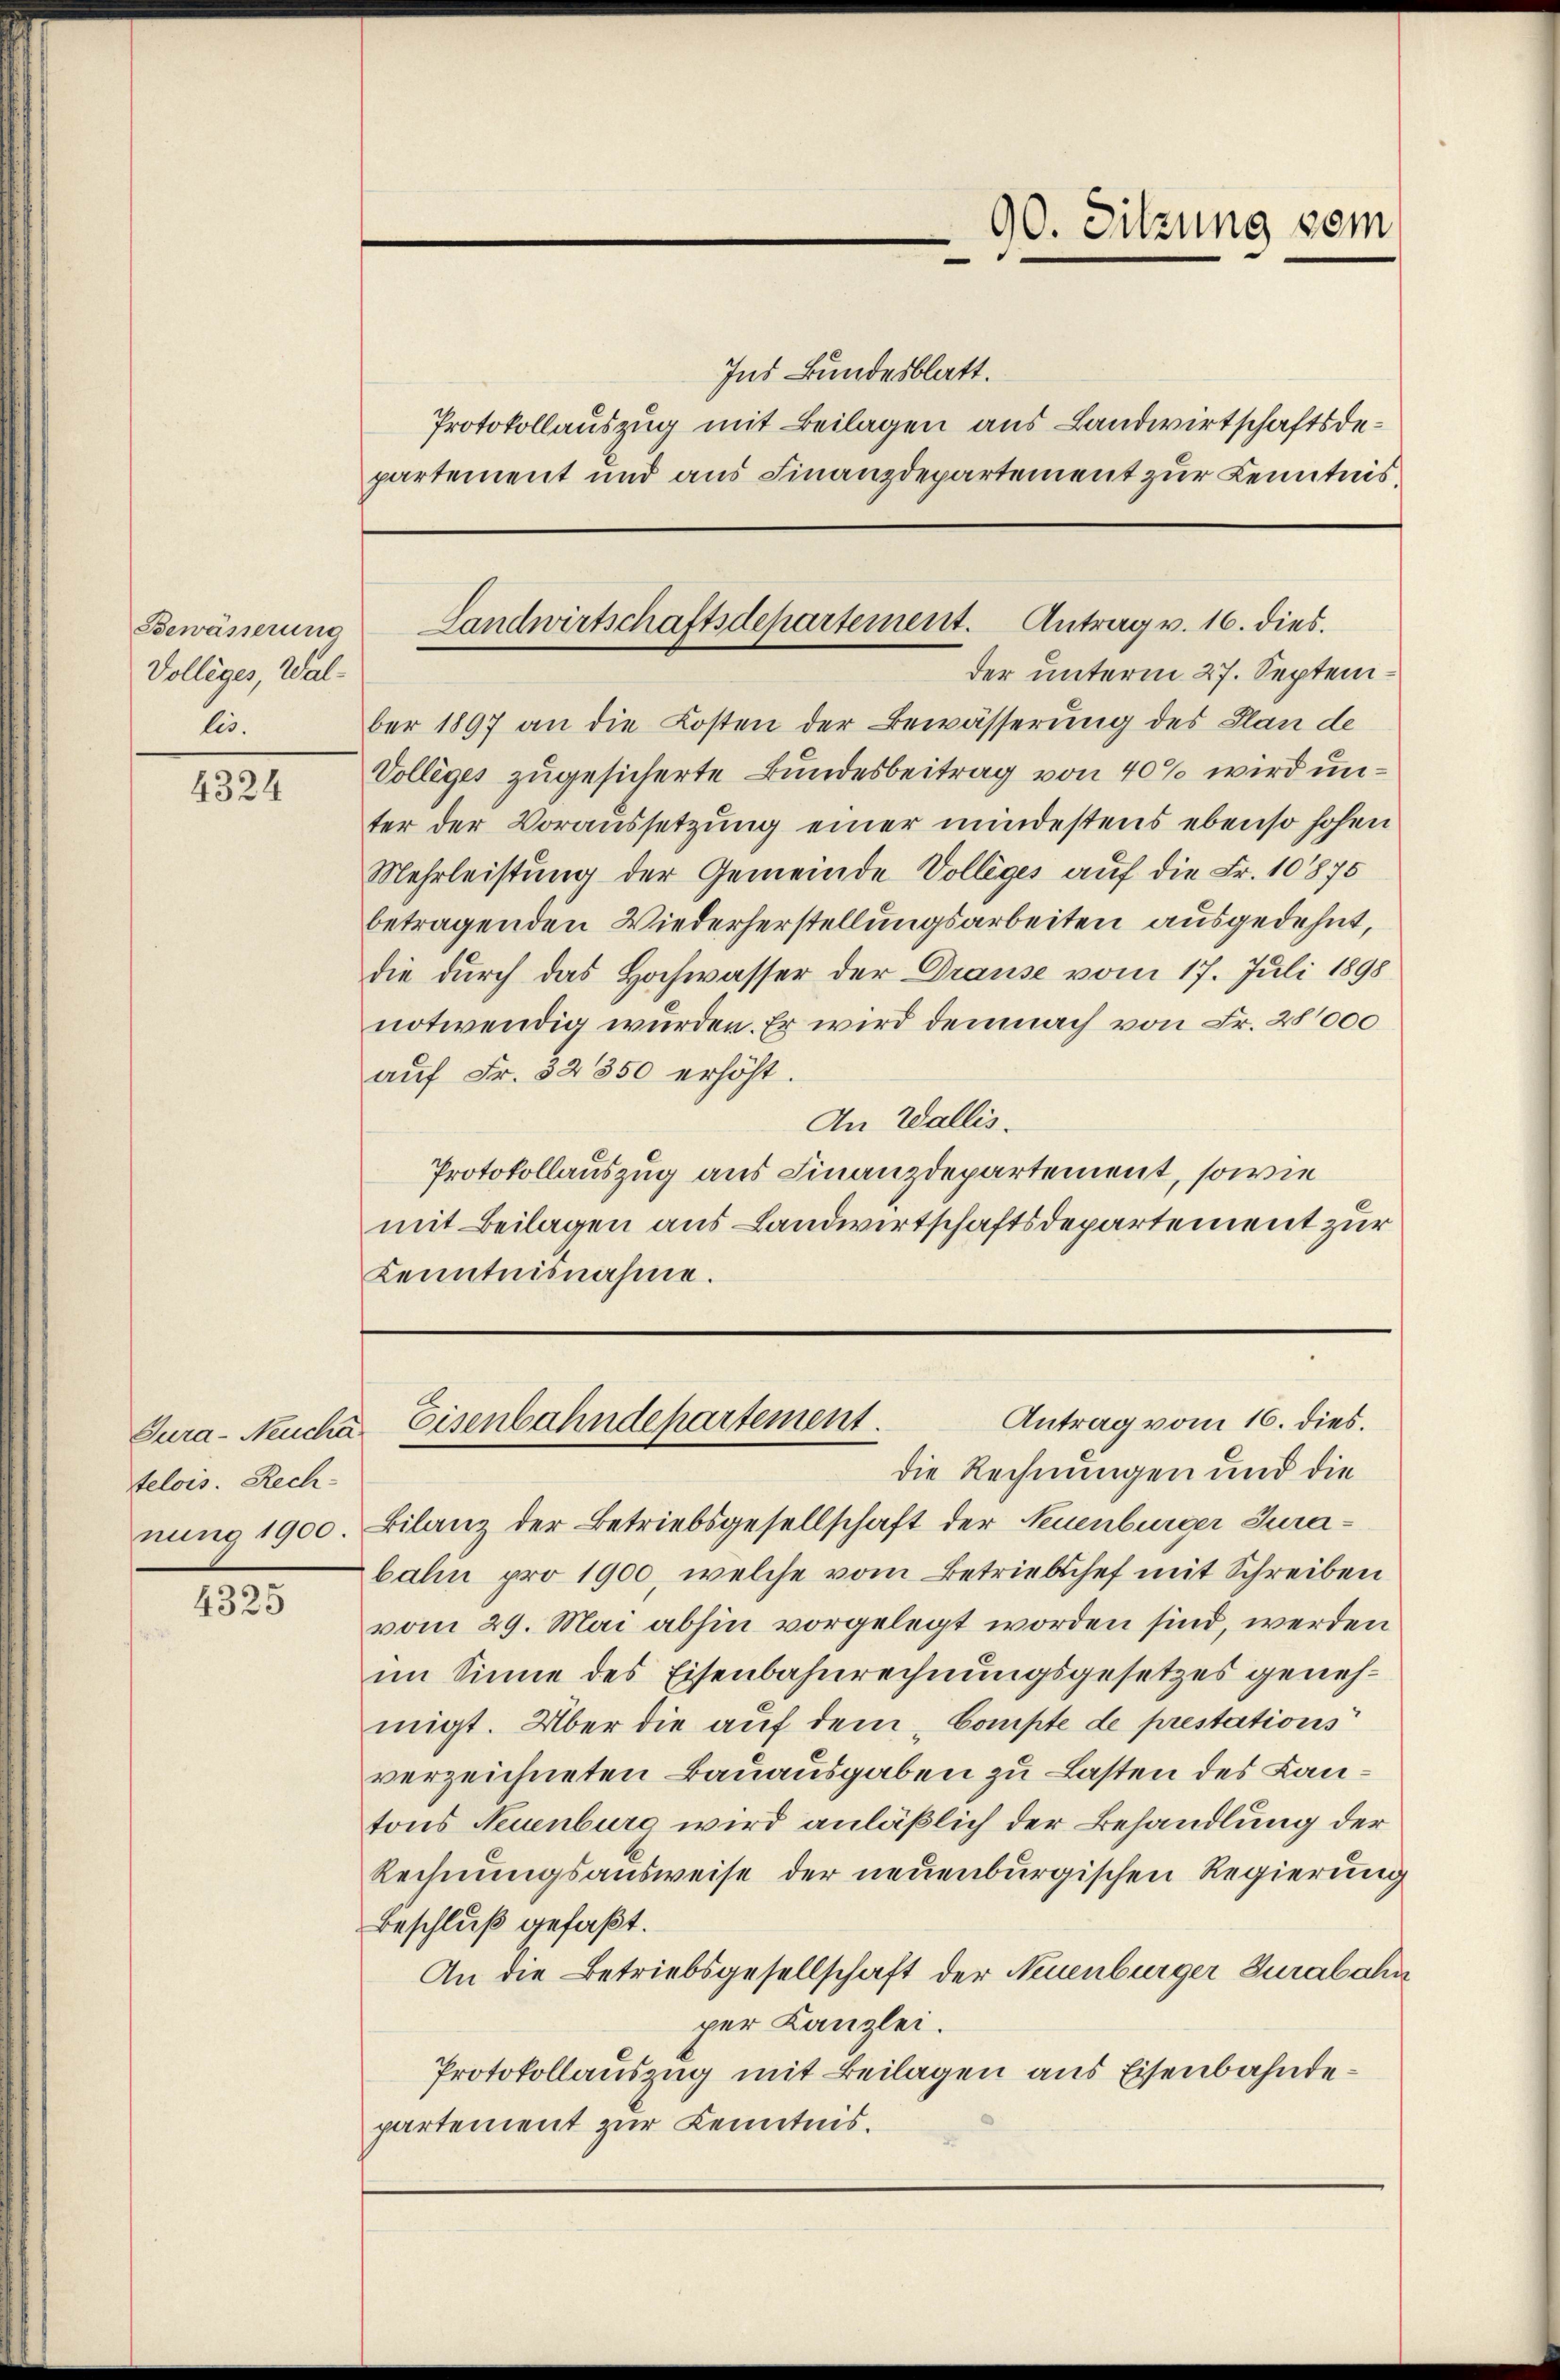
4324

4325

Bewässerung
Volleges, Wallis.

telois. Rech

Ind Bundesblatt.
Protokollauszug mit Beilagen aus Landwirtschaftsdepartement und aus Finanzdepartement zur Kenntnis¬

90. Sitzung vom

Landwirtschaftsdepartement. Antrag v. 16. dies.

der unterm 27. September 1897 an die Kosten der Bewässerung des Plan de
Volleges zugesicherte Bundesbeitrag von 40% wird unter der Voraussetzung einer mindestens ebenso hohen
Mehrleistung der Gemeinde Volleges auf die Fr. 10875
betragenden Wiederherstellungsarbeiten ausgedehnt,
die durch das Hochwasser der Drause vom 17. Juli 1898
notwendig wurden. Er wird demnach von Fr. 28000
auf Fr. 32350 erhöht.
In Wallis.
Protokollauszug aus Finanzdepartement, sowie
mit Beilagen aus Landwirtschaftsdepartement zur
Kenntnisnahme.

Antrag vom 16. dies.
Tura- Neuche Eisenbahndepartement.

die Rechnungen und die
nung 1900. Bilanz der Betriebsgesellschaft der Neuenburger Jurabahn pro 1900, welche vom Betriebschef mit Schreiben
vom 29. Mai abhin vorgelegt worden sind, werden
im Sinne des Eisenbahnrechnungsgesetzes genehmigt. Über die auf dem Compte de prestations
verzeichneten Bauausgaben zu Lasten des Lantons Neuenburg wird anläßlich der Behandlung der
Rechnungsausweise der neuenburgischen Regierung
Beschluß gefaßt.
An die Betriebsgesellschaft der Neuenburger Zurabahn
per Kanzlei.
Protokollauszug mit Beilagen aus Eisenbahndepartement zur Kenntnis.